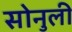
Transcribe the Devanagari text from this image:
सोनुली